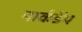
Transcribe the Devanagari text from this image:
मार्कडेंय